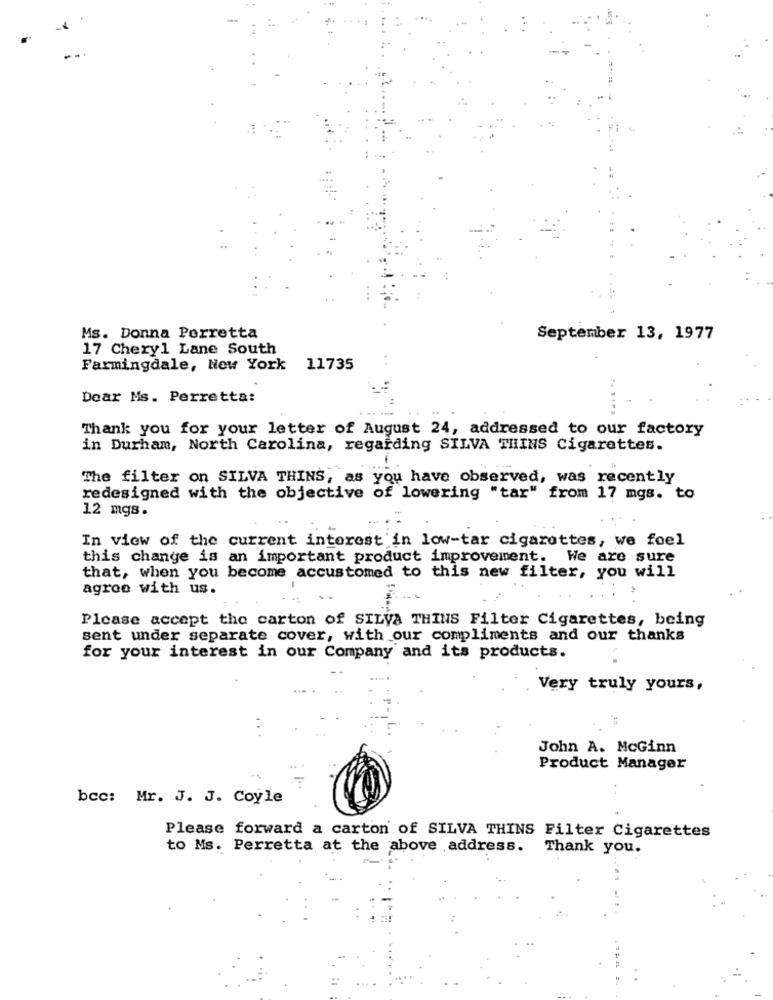
Ms. Donna Perretta
September 13, 1977
17 Cheryl Lane South
Farmingdale, New York
11735
Dear Ms. Perretta:
Thank you for your letter of August 24, addressed to our factory
in Durham, North Carolina, regarding SILVA THINS Cigarettes.
The filter on SILVA THINS, as you have observed, was recently
redesigned with the objective of lowering "tar" from 17 mgs. to
12 mgs.
In view of the current interest'in low-tar cigarettes, we feel
this change is an important product improvement. We are sure
that, when you become accustomed to this new filter, you will
agree with us.
Please accept the carton of SILVA THINS Filter Cigarettes, being
sent under separate cover, with our compliments and our thanks
for your interest in our Company and its products.
Very truly yours,
. .
John A. MoGinn
Product Manager
bcc: Mr. J. J. Coyle
Please forward a carton of SILVA THINS Filter Cigarettes
to Ms. Perretta at the above address.
Thank you.
.=== =.